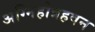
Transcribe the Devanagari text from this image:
अग्निहोत्रहवन